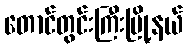
တောင်တွင်းကြီးမြို့နယ်